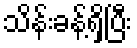
သိန်းခန့်ရှိပြီး